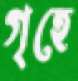
গৃহে